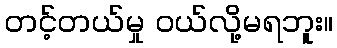
တင့်တယ်မှု ဝယ်လို့မရဘူး။